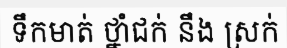
ទឹកមាត់ ថ្នាំជក់ នឹង ស្រក់